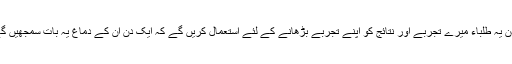
میں اپنے عقیدے پر انحصار کرتا ہوں کے ایک دن یہ طلباء میرے تجربے اور نتائج کو اپنے تجربے بڑھانے کے لئے استعمال کریں گے کہ ایک دن ان کے دماغ یہ بات سمجھیں گے اور وہ دن انسانیت کے لئے حوصلہ افزاء ہوگا۔